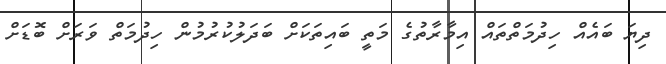
ދިޔަ ބައެއް ހިދުމަތްތައް އިމާރާތުގެ މަތީ ބައިތަކަށް ބަދަލުކުރުމުން ހިދުމަތް ވަރަށް ބޮޑަށް